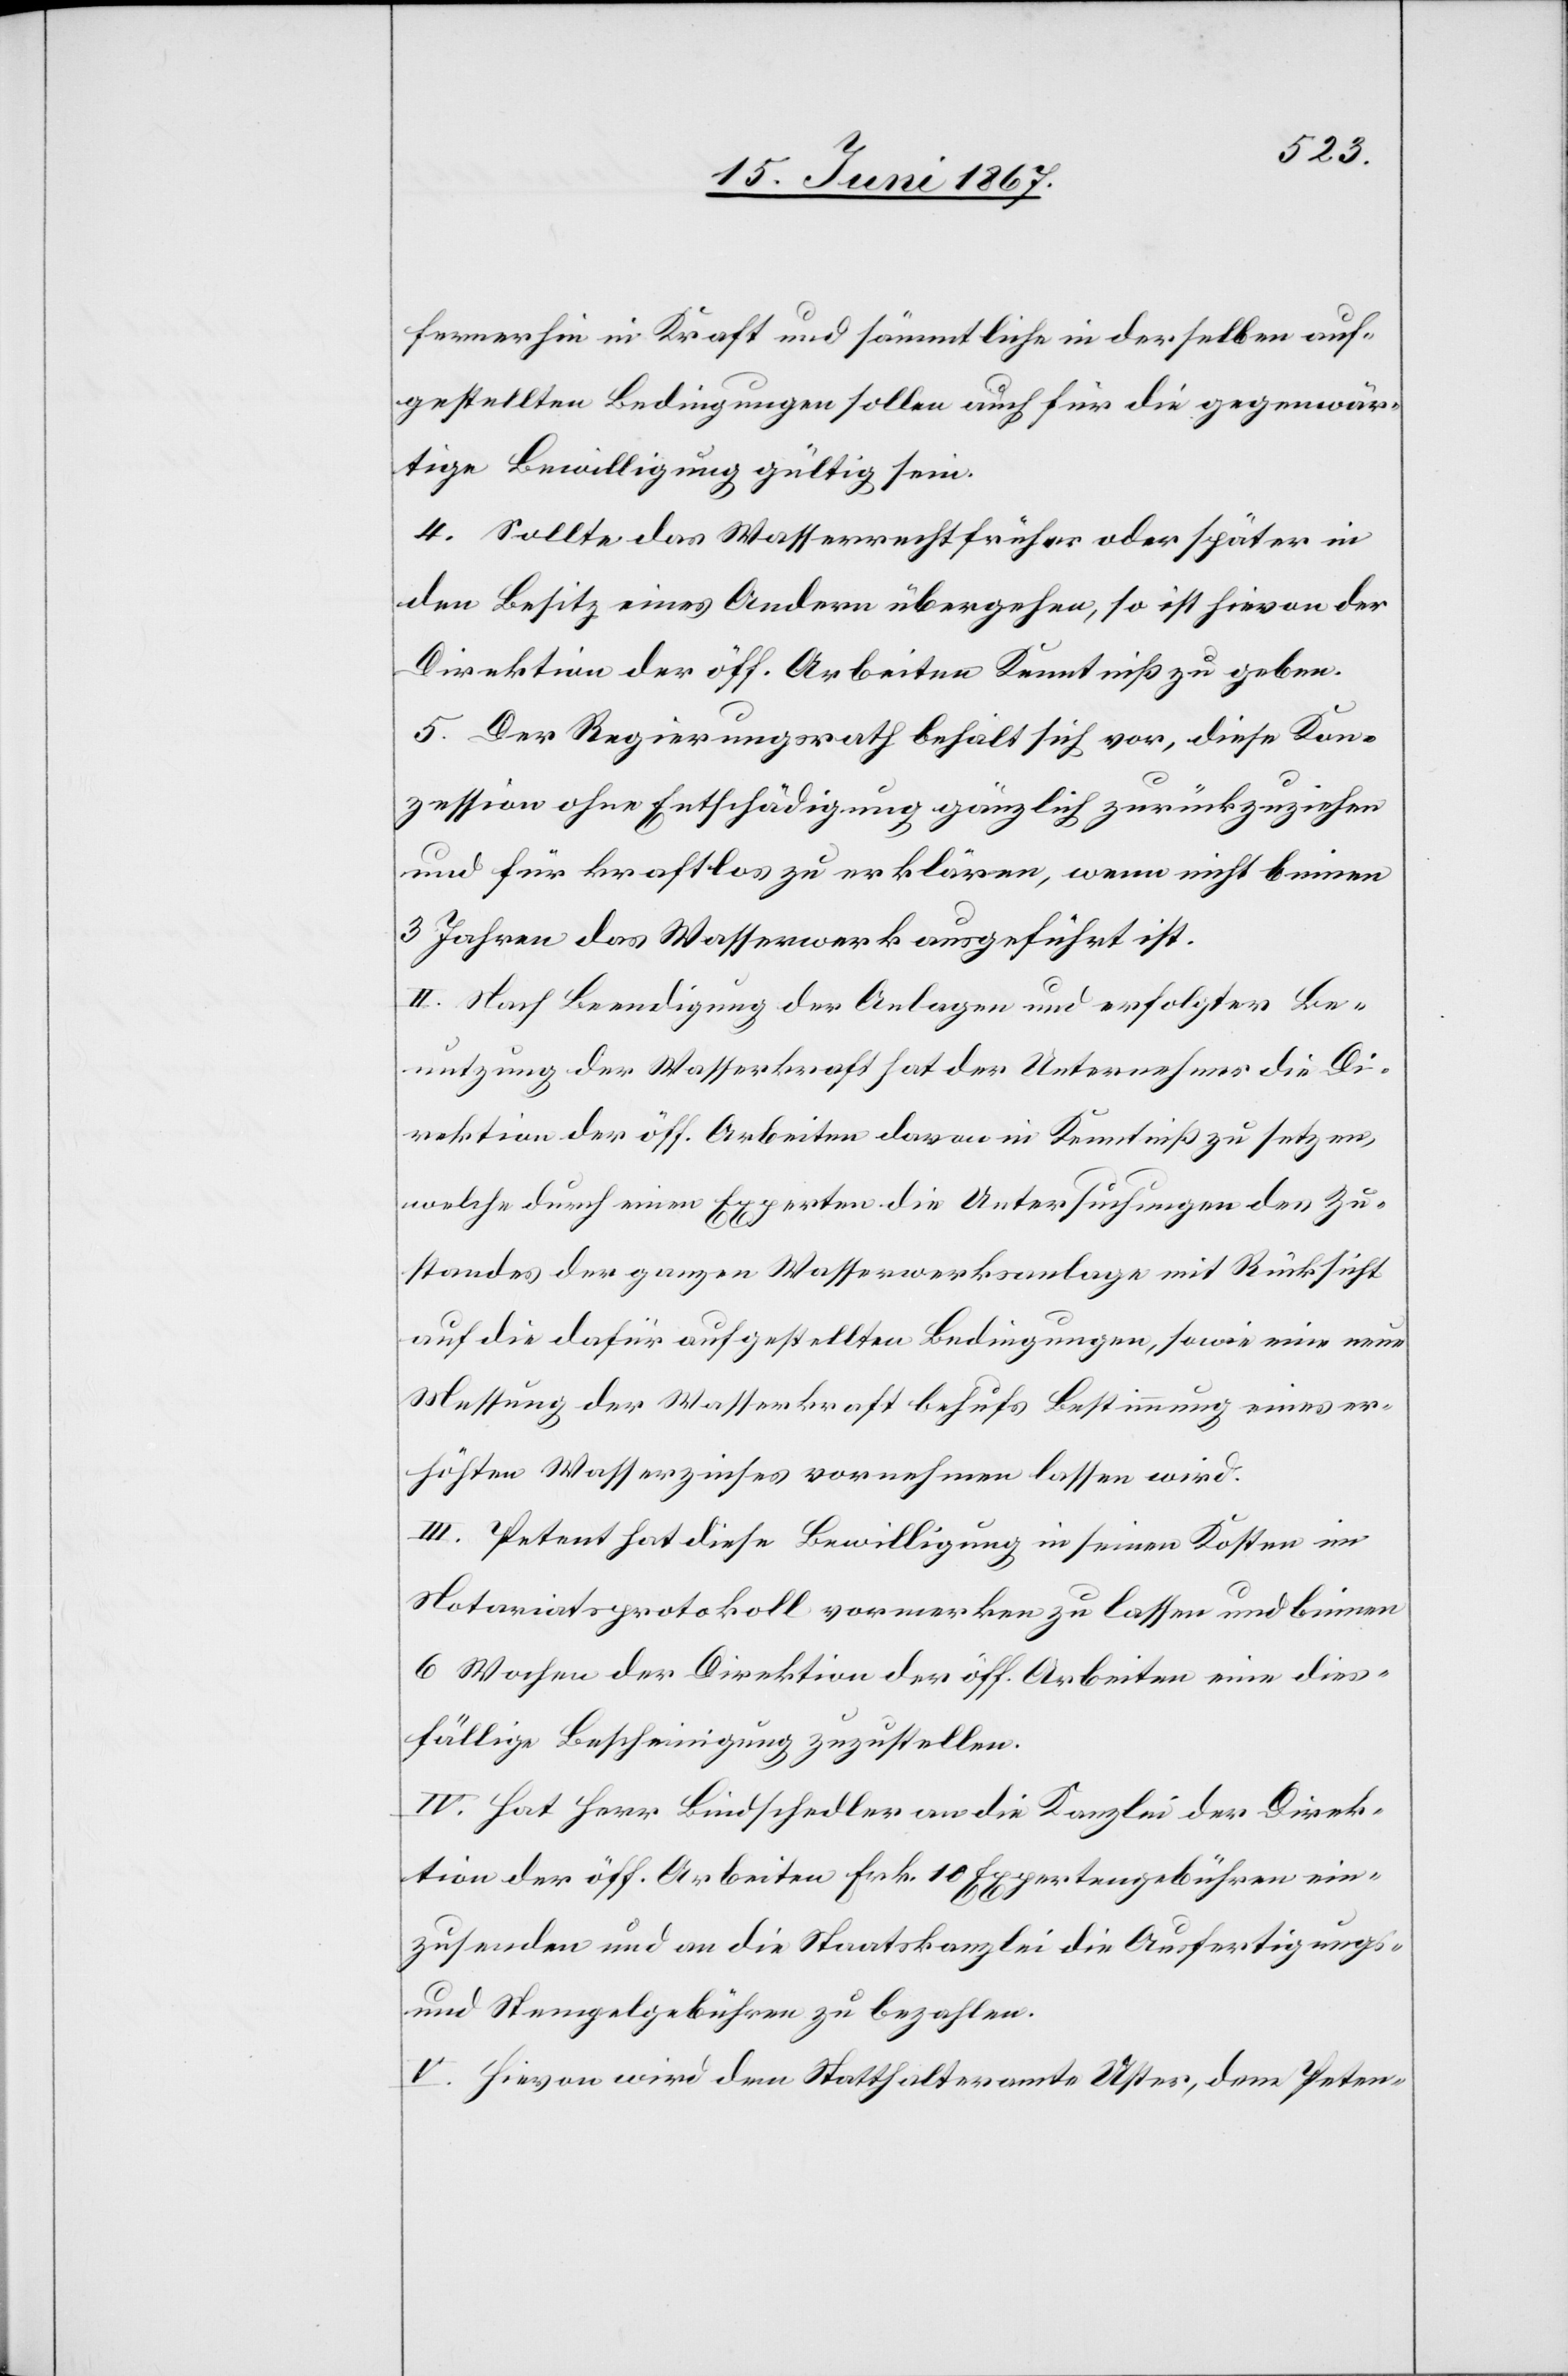
fernerhin in Kraft und sämmtliche in derselben auf¬
gestellten Bedingungen sollen auch für die gegenwär¬
tige Bewilligung gültig sein.
4. Sollte das Wasserrecht früher oder später in
den Besitz eines Andern übergehen, so ist hievon der
Direktion der öff. Arbeiten Kenntniß zu geben.
5. Der Regierungsrath behält sich vor, diese Kon¬
zession ohne Entschädigung gänzlich zurückzuziehen
und für kraftlos zu erklären, wenn nicht binnen
3 Jahren das Wasserwerk ausgeführt ist.
II. Nach Beendigung der Anlagen und erfolgter Be¬
nutzung der Wasserkraft hat der Unternehmer die Di¬
rektion der öff. Arbeiten davon in Kenntniß zu setzen,
welche durch einen Experten die Untersuchungen des Zu¬
standes der ganzen Wasserwerksanlage mit Rücksicht
auf die dafür aufgestellten Bedingungen, sowie eine neue
Messung der Wasserkraft behufs Bestimmung eines er¬
höhten Wasserzinses vornehmen lassen wird.
III. Petent hat diese Bewilligung in seinen Kosten im
Notariatsprotokoll vormerken zu lassen und binnen
6 Wochen der Direktion der öff. Arbeiten eine dies¬
fällige Bescheinigung zuzustellen.
IV. Hat Herr Bindschedler an die Kanzlei der Direk¬
tion der öff. Arbeiten Frk. 10 Expertengebühren ein¬
zusenden und an die Staatskanzlei die Ausfertigungs-
und Stempelgebühren zu bezahlen.
V. Hievon wird dem Statthalteramte Uster, dem Peten-